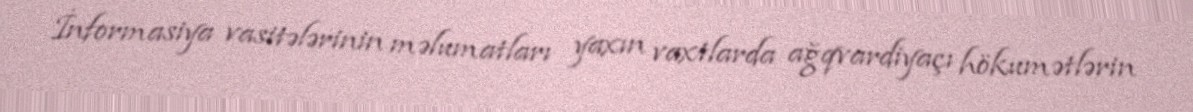
İnformasiya vasitələrinin məlumatları yaxın vaxtlarda ağqvardiyaçı hökumətlərin